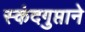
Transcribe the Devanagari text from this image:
स्कंदगुप्ताने